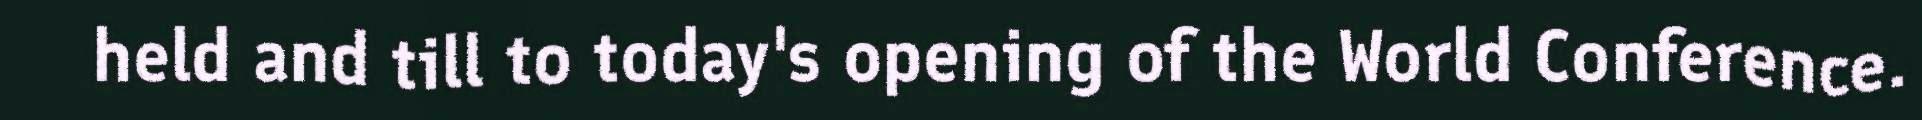
held and till to today's opening of the World Conference.